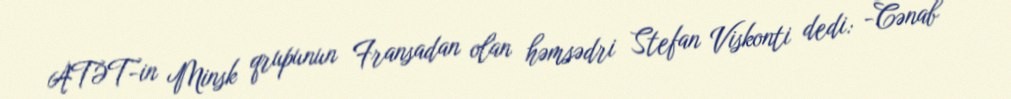
ATƏT-in Minsk qrupunun Fransadan olan həmsədri Stefan Viskonti dedi: -Cənab